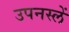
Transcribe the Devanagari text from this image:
उपनस्लें